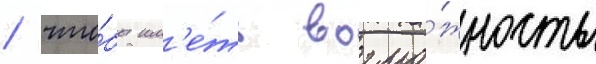
/ что́бы им'е́ть возмо́жность